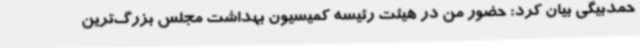
حمدبیگی بیان کرد: حضور من در هیئت رئیسه کمیسیون بهداشت مجلس بزرگ‌ترین